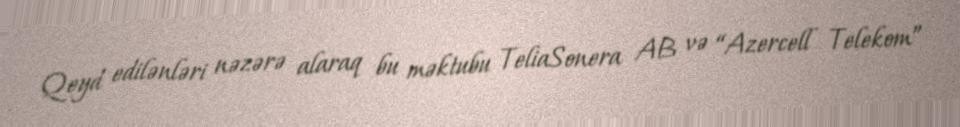
Qeyd edilənləri nəzərə alaraq bu məktubu TeliaSonera AB və “Azercell Telekom”